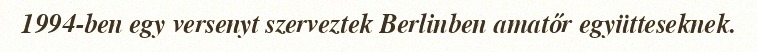
1994-ben egy versenyt szerveztek Berlinben amatőr együtteseknek.